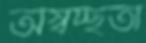
অস্বচ্ছতা